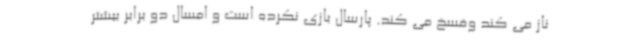
ناز می کند وفسخ می کند. پارسال بازی نکرده است و امسال دو برابر بیشتر